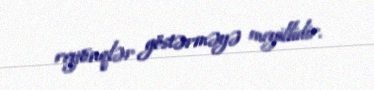
reytinqlər göstərməyə meyillidir.